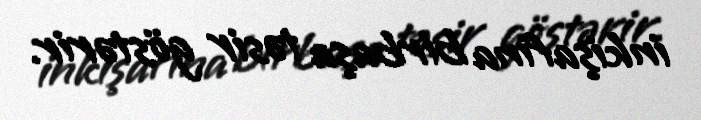
inkişafına birbaşa təsir göstərir.